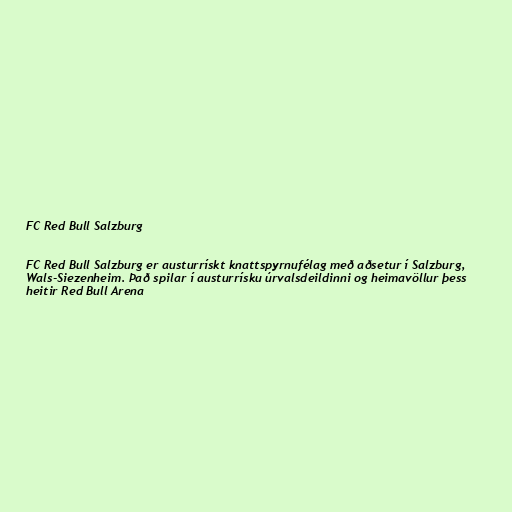
FC Red Bull Salzburg

FC Red Bull Salzburg er austurrískt knattspyrnufélag með aðsetur í Salzburg,
Wals-Siezenheim. Það spilar í austurrísku úrvalsdeildinni og heimavöllur þess
heitir Red Bull Arena